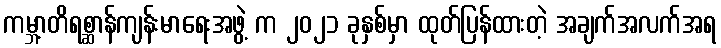
ကမ္ဘာ့တိရစ္ဆာန်ကျန်းမာရေးအဖွဲ့ က ၂၀၂၁ ခုနှစ်မှာ ထုတ်ပြန်ထားတဲ့ အချက်အလက်အရ